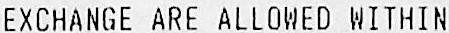
EXCHANGE ARE ALLOWED WITHIN